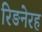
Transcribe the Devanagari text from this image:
रिङनेरह